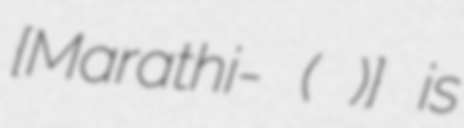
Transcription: {Marathi-एसपीडीसी कालोनी(सुरक्षा विहार)} is